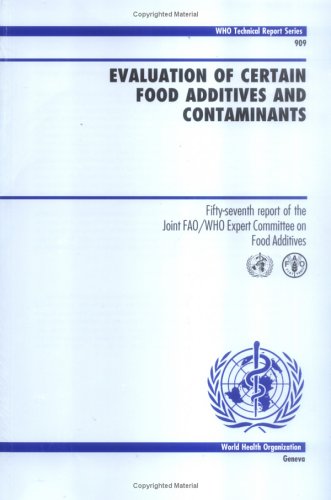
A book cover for Evaluation of Certain Food Additives and Contaminants: 57th Report of the Joint FAO/WHO Expert Committee on Food Additives (Technical Report Series); World Health Organization; Health, Fitness & Dieting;